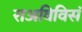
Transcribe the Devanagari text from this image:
राअविविसं